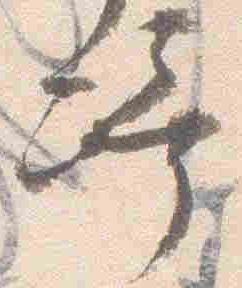
崎